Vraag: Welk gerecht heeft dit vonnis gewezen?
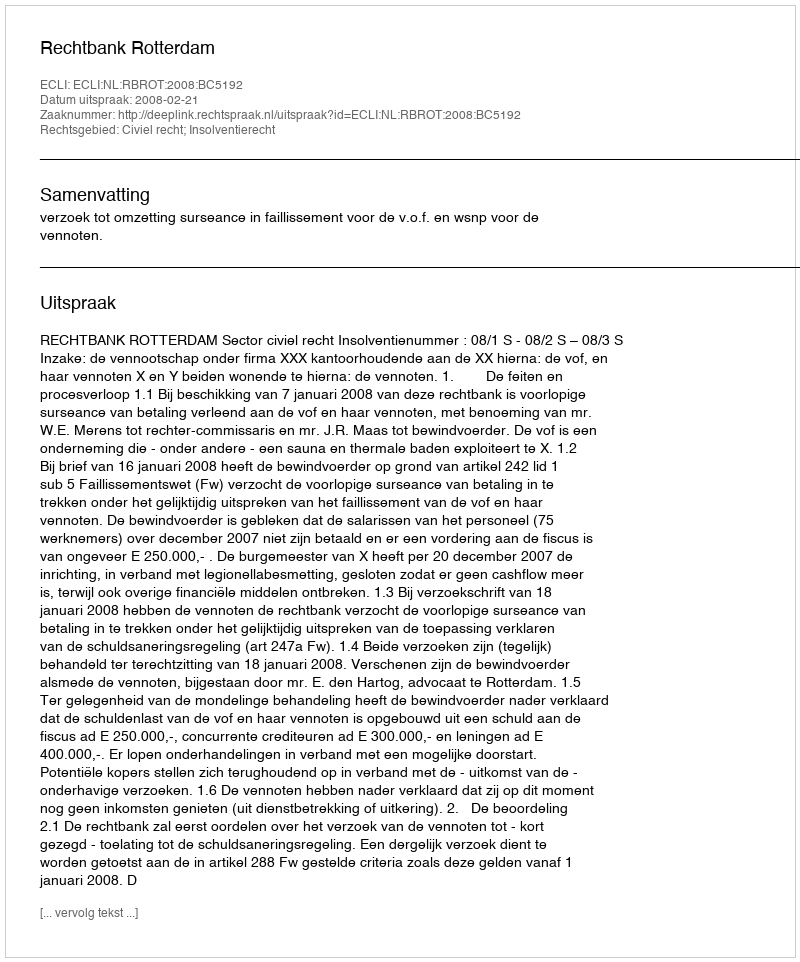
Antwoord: Rechtbank Rotterdam